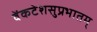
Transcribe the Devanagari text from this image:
वेंकटेशसुप्रभातम्